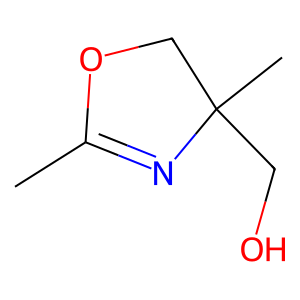
SMILES: CC1=NC(C)(CO)CO1
Inhibits HIV replication: No